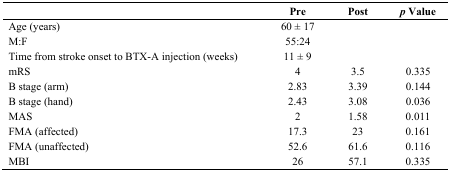
|  | Pre | Post | p Value |
 | --- | --- | --- | --- |
 | Age (years) | 60 ± 17 |  |  |
 | M:F | 55:24 |  |  |
 | Time from stroke onset to BTX-A injection (weeks) | 11 ± 9 |  |  |
 | mRS | 4 | 3.5 | 0.335 |
 | B stage (arm) | 2.83 | 3.39 | 0.144 |
 | B stage (hand) | 2.43 | 3.08 | 0.036 |
 | MAS | 2 | 1.58 | 0.011 |
 | FMA (affected) | 17.3 | 23 | 0.161 |
 | FMA (unaffected) | 52.6 | 61.6 | 0.116 |
 | MBI | 26 | 57.1 | 0.335 |